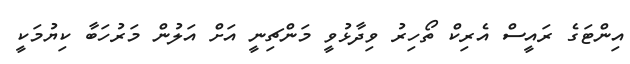
އިންޓަގެ ރައީސް އެރިކް ތޯހިރު ވިދާޅުވީ މަންޗިނީ އަށް އަލުން މަރުހަބާ ކިޔުމަކީ